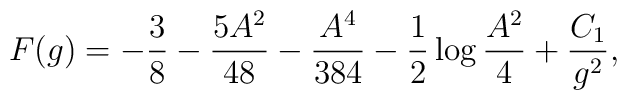
F(g)= -\frac{3}{8} -\frac{5 A^2}{48}-\frac{A^4}{384} -\frac{1}{2} \log\frac{A^2}{4} + \frac{C_1}{g^2},